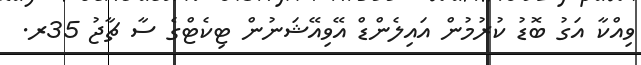
ވިއްކާ އަގު ބޮޑު ކުރުމުން އައިލެންޑް އޭވިއޭޝަނުން ޓިކެޓްގެ ސާ ޗާޖު 35ރ.